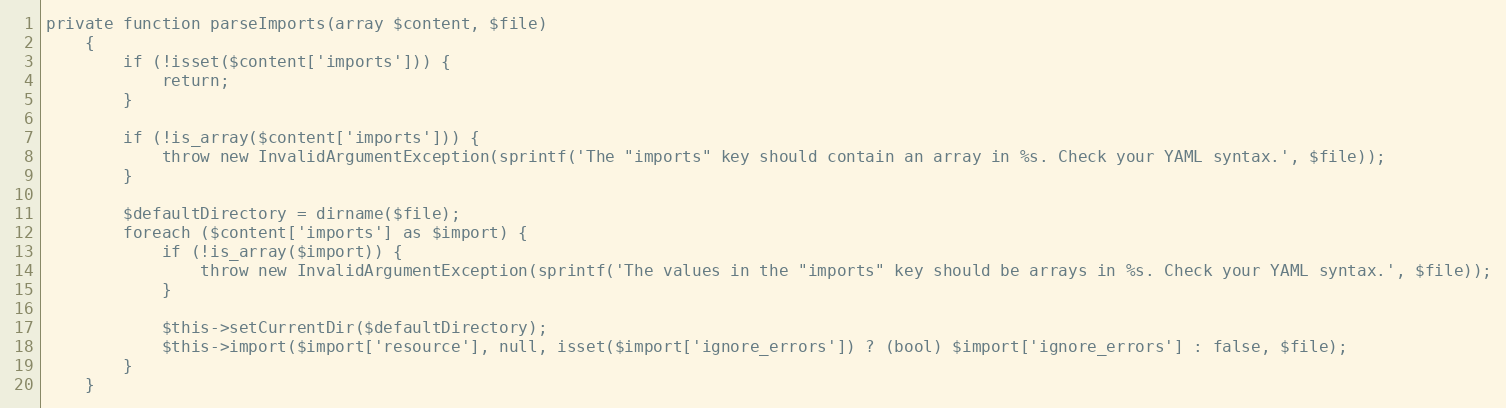
Language: PHP
private function parseImports(array $content, $file)
    {
        if (!isset($content['imports'])) {
            return;
        }

        if (!is_array($content['imports'])) {
            throw new InvalidArgumentException(sprintf('The "imports" key should contain an array in %s. Check your YAML syntax.', $file));
        }

        $defaultDirectory = dirname($file);
        foreach ($content['imports'] as $import) {
            if (!is_array($import)) {
                throw new InvalidArgumentException(sprintf('The values in the "imports" key should be arrays in %s. Check your YAML syntax.', $file));
            }

            $this->setCurrentDir($defaultDirectory);
            $this->import($import['resource'], null, isset($import['ignore_errors']) ? (bool) $import['ignore_errors'] : false, $file);
        }
    }